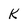
Character: k